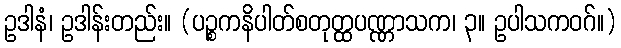
ဥဒါနံ၊ ဥဒါန်းတည်း။ (ပဉ္စကနိပါတ်စတုတ္ထပဏ္ဏာသက၊ ၃။ ဥပါသကဝဂ်။)